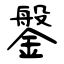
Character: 鎜